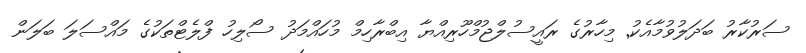
ސަރުކާރު ބަދަލުވުމާއެކު